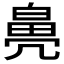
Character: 𤾒